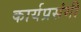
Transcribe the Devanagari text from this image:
कार्यप्रसंगी